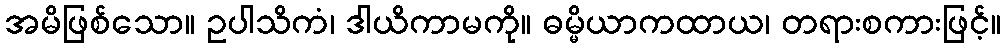
အမိဖြစ်သော။ ဥပါသိကံ၊ ဒါယိကာမကို။ ဓမ္မိယာကထာယ၊ တရားစကားဖြင့်။